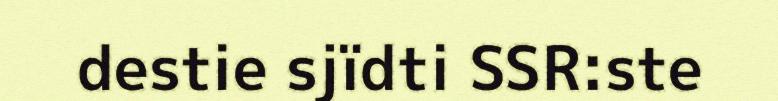
destie sjïdti SSR:ste